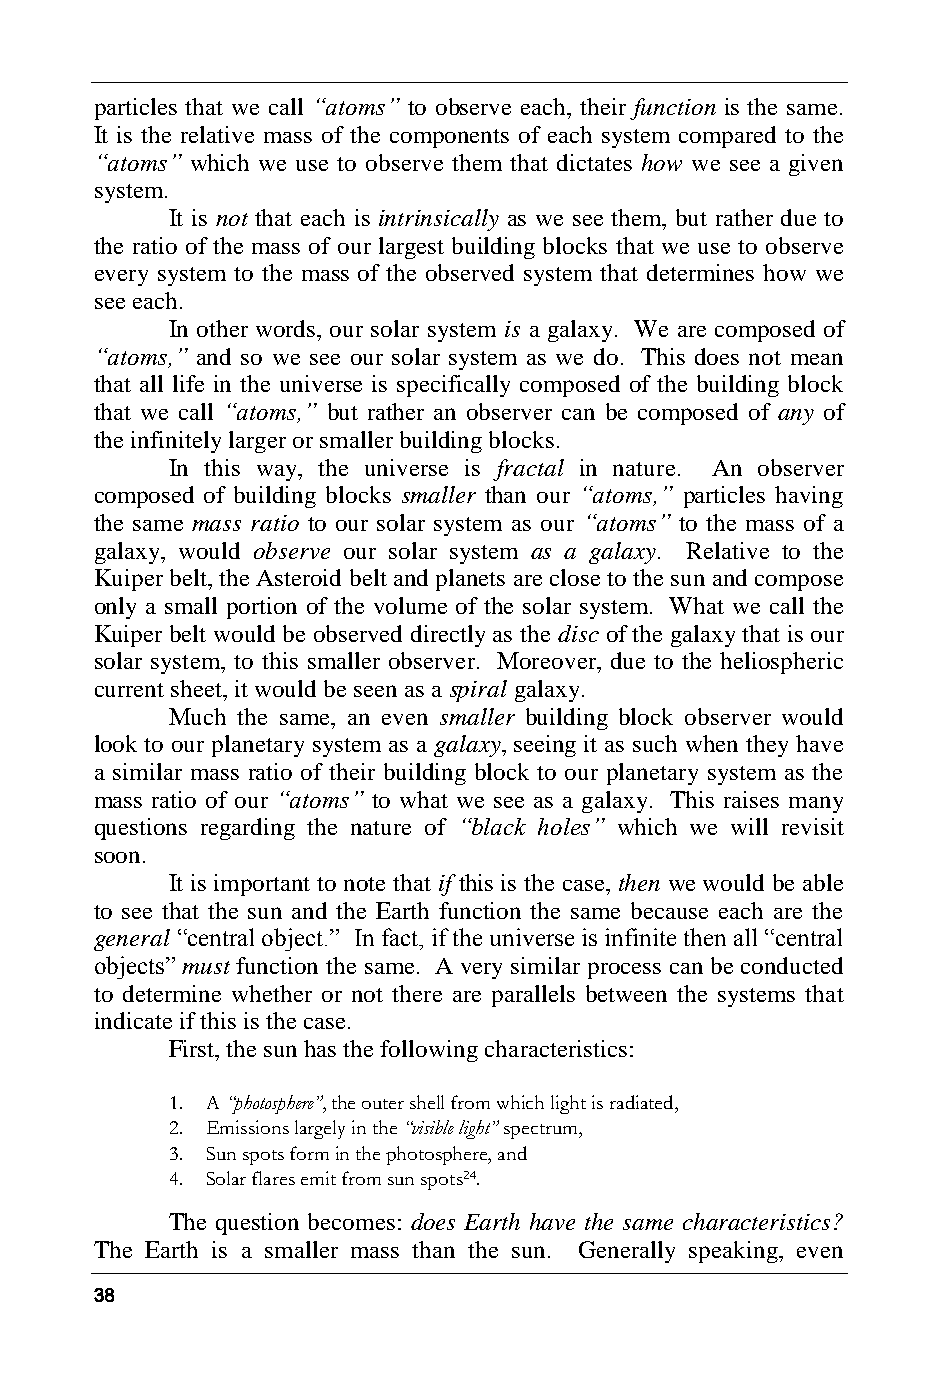
particles that we call “atoms” to observe each, their function is the same.
 It is the relative mass of the components of each system compared to the
 “atoms” which we use to observe them that dictates how we see a given
 system.
 It is not that each is intrinsically as we see them, but rather due to
 the ratio of the mass of our largest building blocks that we use to observe
 every system to the mass of the observed system that determines how we
 see each.
 In other words, our solar system is a galaxy. We are composed of
 “atoms,” and so we see our solar system as we do. This does not mean
 that all life in the universe is specifically composed of the building block
 that we call “atoms,” but rather an observer can be composed of any of
 the infinitely larger or smaller building blocks.
 In this way, the universe is fractal in nature. An observer
 composed of building blocks smaller than our “atoms,” particles having
 the same mass ratio to our solar system as our “atoms” to the mass of a
 galaxy, would observe our solar system as a galaxy. Relative to the
 Kuiper belt, the Asteroid belt and planets are close to the sun and compose
 only a small portion of the volume of the solar system. What we call the
 Kuiper belt would be observed directly as the disc of the galaxy that is our
 solar system, to this smaller observer. Moreover, due to the heliospheric
 current sheet, it would be seen as a spiral galaxy.
 Much the same, an even smaller building block observer would
 look to our planetary system as a galaxy, seeing it as such when they have
 a similar mass ratio of their building block to our planetary system as the
 mass ratio of our “atoms” to what we see as a galaxy. This raises many
 questions regarding the nature of “black holes” which we will revisit
 soon.
 It is important to note that if this is the case, then we would be able
 to see that the sun and the Earth function the same because each are the
 general “central object.” In fact, if the universe is infinite then all “central
 objects” must function the same. A very similar process can be conducted
 to determine whether or not there are parallels between the systems that
 indicate if this is the case.
 First, the sun has the following characteristics:
 1. A “photosphere”, the outer shell from which light is radiated,
 2. Emissions largely in the “visible light” spectrum,
 3. Sun spots form in the photosphere, and
 4. Solar flares emit from sun spots24.
 The question becomes: does Earth have the same characteristics?
 The Earth is a smaller mass than the sun. Generally speaking, even
 38